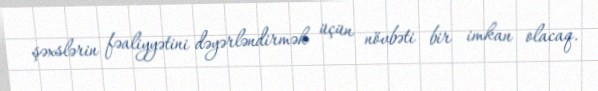
şəxslərin fəaliyyətini dəyərləndirmək üçün növbəti bir imkan olacaq.